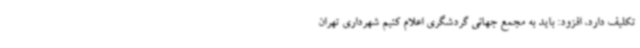
تکلیف دارد، افزود: باید به مجمع جهانی گردشگری اعلام کنیم شهرداری تهران